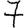
Digit: 7